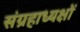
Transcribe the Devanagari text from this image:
संग्रहाध्यक्षों